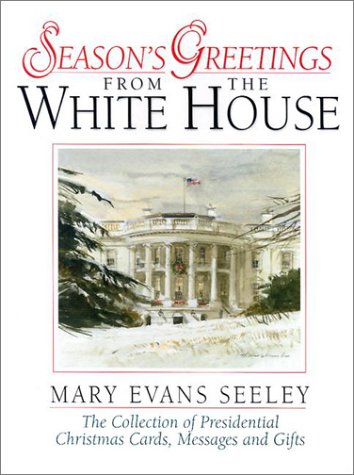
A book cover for Season's Greetings from the White House; Mary Evans Seeley; Crafts, Hobbies & Home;